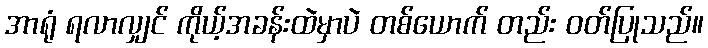
အာရုံ ရလာလျှင် ကိုယ့်အခန်းထဲမှာပဲ တစ်ယောက် တည်း ဝတ်ပြုသည်။